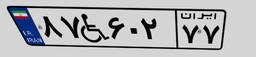
۲۶W۹۱۸۱۲